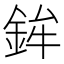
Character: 鉾